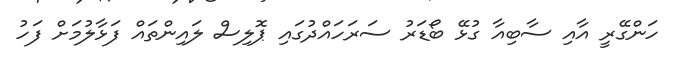
ހަންގޭރީ އާއި ސާބިއާ ގުޅޭ ބޯޑަރު ސަރަހައްދުގައި ޕޮލިސް ލައިންތައް ފަޅާލުމަށް ފަހު